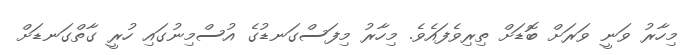
މިހާރު ވަނީ ވަރަށް ބޮޑަށް ތިރިވެފައެވެ. މިހާރު މިފަސްގަނޑުގެ އުސްމިނުގައި ހުރީ ގާތްގަނޑަށް